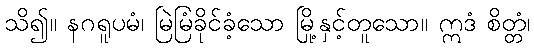
သိ၍။ နဂရူပမံ၊ မြဲမြံခိုင်ခံ့သော မြို့နှင့်တူသော။ ဣဒံ စိတ္တံ၊